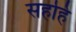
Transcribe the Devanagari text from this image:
सहहि